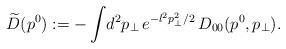
LaTeX: \begin{align*}\widetilde{D}(p^0):= -\int\! d^2 p_\perp \,e^{-l^2 p_{\perp}^{2}/2}\,D_{00}(p^0, p_\perp).\end{align*}